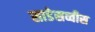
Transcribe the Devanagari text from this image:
साडेसव्वीस